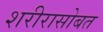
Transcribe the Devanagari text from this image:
शरीरासोबत